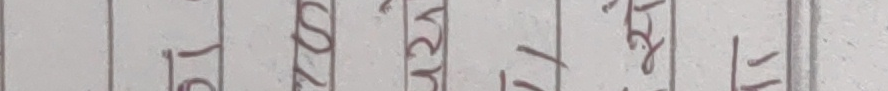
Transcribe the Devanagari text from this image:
१० दशरथ
११ प्रसन्न
१२ असल
१३ रमेश
१४ गोविन्द
१५ इन्द्र
१६ लोकेन्द्र